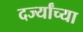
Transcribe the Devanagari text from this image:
दर्ज्यांच्या